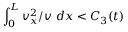
\int _ { 0 } ^ { L } v _ { x } ^ { 2 } / v ~ d x < C _ { 3 } ( t )